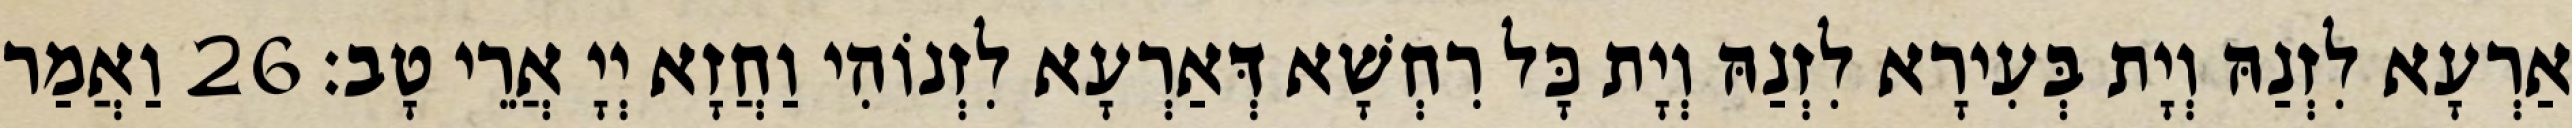
אַרְעָא לִזְנַהּ וְיָת בְּעִירָא לִזְנַהּ וְיָת כָּל רִחְשָׁא דְּאַרְעָא לִזְנוֹהִי וַחֲזָא יְיָ אֲרֵי טָב׃ 26 וַאֲמַר